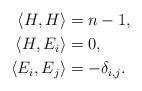
LaTeX: \begin{align*}\langle H, H\rangle &= n-1,\\\langle H, E_i\rangle &= 0,\\\langle E_i, E_j\rangle &= -\delta_{i,j}.\end{align*}